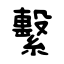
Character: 繫